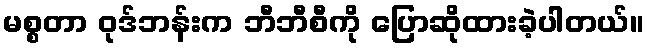
မစ္စတာ ဝုဒ်ဘန်းက ဘီဘီစီကို ပြောဆိုထားခဲ့ပါတယ်။